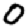
Digit: 0